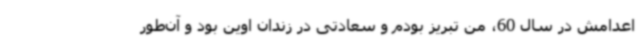
اعدامش در سال 60، من تبریز بودم و سعادتی در زندان اوین بود و آن‌طور